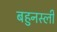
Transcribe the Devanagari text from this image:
बहुनस्ली